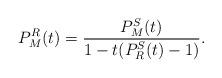
LaTeX: \begin{align*}P_M^R(t)=\dfrac{P_M^S(t)}{1-t(P_R^S(t)-1)}.\end{align*}